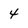
Character: 4